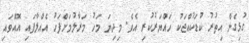
ގުޅިގެން އިތުރު ކުޑަކުއްޖަކު ހައްޔަރުކުރި އެވެ. މިދިޔަ މަހު މަރާލުމަށްފަހު އެއްލާފައި އޮއްވައި